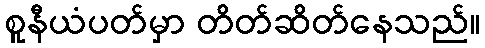
စူနီယံပတ်မှာ တိတ်ဆိတ်နေသည်။